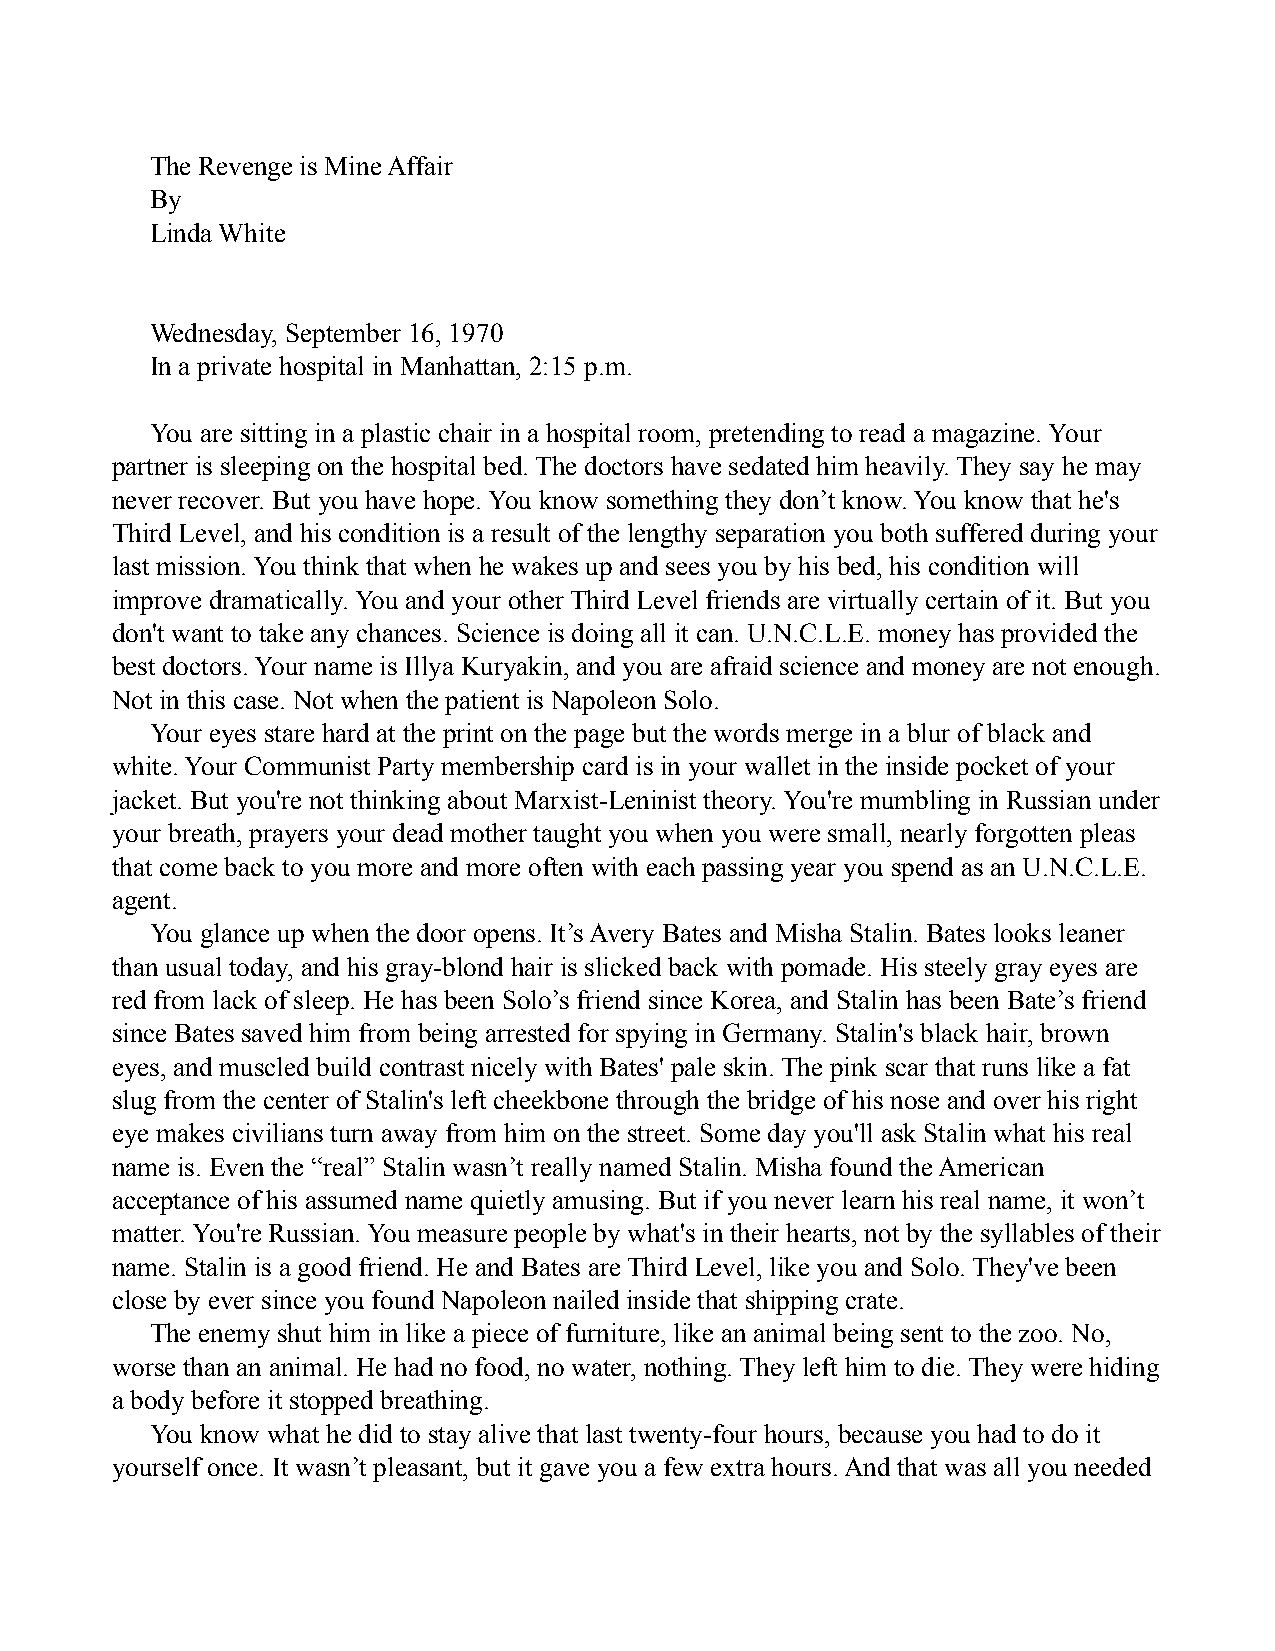
The Revenge is Mine Affair
 By
 Linda White
 Wednesday, September 16, 1970
 In a private hospital in Manhattan, 2:15 p.m.
 You are sitting in a plastic chair in a hospital room, pretending to read a magazine. Your
 partner is sleeping on the hospital bed. The doctors have sedated him heavily. They say he may
 never recover. But you have hope. You know something they don’t know. You know that he's
 Third Level, and his condition is a result of the lengthy separation you both suffered during your
 last mission. You think that when he wakes up and sees you by his bed, his condition will
 improve dramatically. You and your other Third Level friends are virtually certain of it. But you
 don't want to take any chances. Science is doing all it can. U.N.C.L.E. money has provided the
 best doctors. Your name is Illya Kuryakin, and you are afraid science and money are not enough.
 Not in this case. Not when the patient is Napoleon Solo.
 Your eyes stare hard at the print on the page but the words merge in a blur of black and
 white. Your Communist Party membership card is in your wallet in the inside pocket of your
 jacket. But you're not thinking about Marxist-Leninist theory. You're mumbling in Russian under
 your breath, prayers your dead mother taught you when you were small, nearly forgotten pleas
 that come back to you more and more often with each passing year you spend as an U.N.C.L.E.
 agent.
 You glance up when the door opens. It’s Avery Bates and Misha Stalin. Bates looks leaner
 than usual today, and his gray-blond hair is slicked back with pomade. His steely gray eyes are
 red from lack of sleep. He has been Solo’s friend since Korea, and Stalin has been Bate’s friend
 since Bates saved him from being arrested for spying in Germany. Stalin's black hair, brown
 eyes, and muscled build contrast nicely with Bates' pale skin. The pink scar that runs like a fat
 slug from the center of Stalin's left cheekbone through the bridge of his nose and over his right
 eye makes civilians turn away from him on the street. Some day you'll ask Stalin what his real
 name is. Even the “real” Stalin wasn’t really named Stalin. Misha found the American
 acceptance of his assumed name quietly amusing. But if you never learn his real name, it won’t
 matter. You're Russian. You measure people by what's in their hearts, not by the syllables of their
 name. Stalin is a good friend. He and Bates are Third Level, like you and Solo. They've been
 close by ever since you found Napoleon nailed inside that shipping crate.
 The enemy shut him in like a piece of furniture, like an animal being sent to the zoo. No,
 worse than an animal. He had no food, no water, nothing. They left him to die. They were hiding
 a body before it stopped breathing.
 You know what he did to stay alive that last twenty-four hours, because you had to do it
 yourself once. It wasn’t pleasant, but it gave you a few extra hours. And that was all you needed